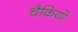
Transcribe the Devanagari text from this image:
चैकियों